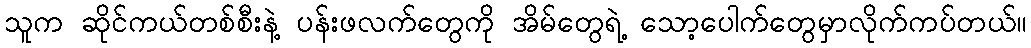
သူက ဆိုင်ကယ်တစ်စီးနဲ့ ပန်းဖလက်တွေကို အိမ်တွေရဲ့ သော့ပေါက်တွေမှာလိုက်ကပ်တယ်။